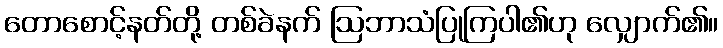
တောစောင့်နတ်တို့ တစ်ခဲနက် ဩဘာသံပြုကြပါ၏ဟု လျှောက်၏။